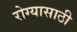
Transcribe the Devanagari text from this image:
रोग्यासाठी